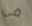
فى